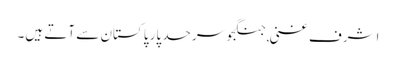
اشرف غنی ,جنگجو سرحد پار پاکستان سے آتے ہیں۔